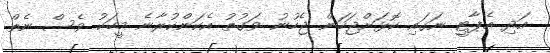
އަދި އެޕާޓީ ނަގައި ކޮޅަށްޖަހަން ޖެހުނު ވަގުތު އެކަންކުރާނެ މީހަކު ވެސް ނެތް